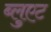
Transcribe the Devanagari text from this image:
ब्लुएट